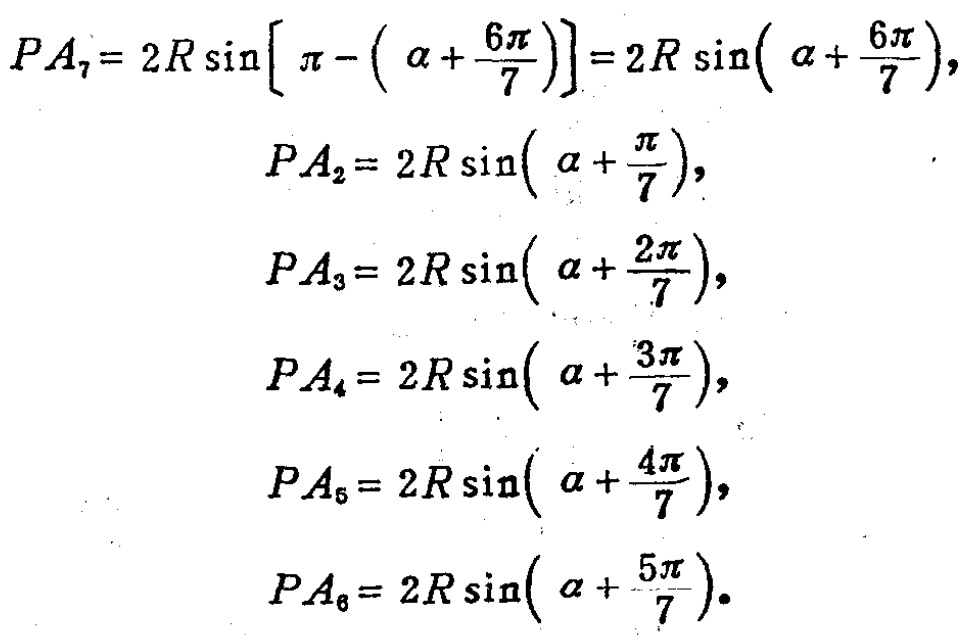
\[
\begin{align*}
PA_{7}&=2R\sin\left[\pi - \left(\alpha+\frac{6\pi}{7}\right)\right]=2R\sin\left(\alpha+\frac{6\pi}{7}\right),\\
PA_{2}&=2R\sin\left(\alpha+\frac{\pi}{7}\right),\\
PA_{3}&=2R\sin\left(\alpha+\frac{2\pi}{7}\right),\\
PA_{4}&=2R\sin\left(\alpha+\frac{3\pi}{7}\right),\\
PA_{5}&=2R\sin\left(\alpha+\frac{4\pi}{7}\right),\\
PA_{6}&=2R\sin\left(\alpha+\frac{5\pi}{7}\right).
\end{align*}
\]